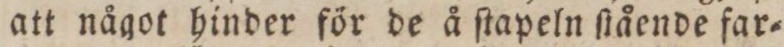
att något hinder för de å ſtapeln ſtående far=